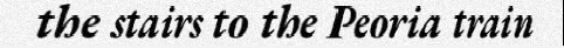
the stairs to the Peoria train